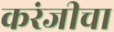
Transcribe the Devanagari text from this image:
करंजीचा